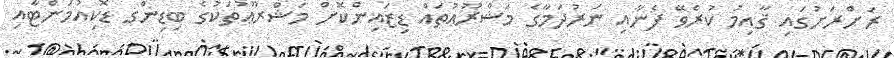
ރަށްރަށުގައި ޤާއިމު ކުރެވޭ ފެނާއި ނަރުދަމާގެ މަޝްރޫޢުތައް ޑިޒައިންކޮށް މަޝްރޫޢުތަކުގެ ބިޑިންގ ޑޮކިއުމަންޓާއި